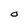
Character: O